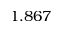
1 . 8 6 7